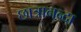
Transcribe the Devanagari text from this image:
छात्रानन्दा